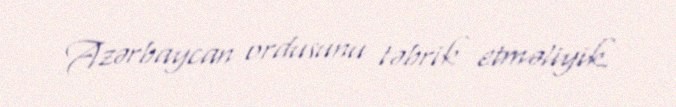
Azərbaycan ordusunu təbrik etməliyik.